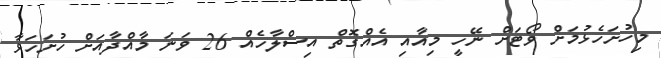
މިހުށަހެޅުމަށް ވޯޓަށް ނޭހީ މިއާއި އެއްގޮތް އިސްލާހެއް 26 ވަނަ މާއްދާއަށް ހުށަހަޅާ